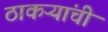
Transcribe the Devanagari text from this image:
ठाकऱ्यांची